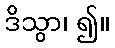
ဒိသွာ၊ ၍။